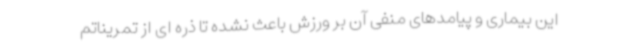
این بیماری و پیامدهای منفی آن بر ورزش باعث نشده تا ذره ای از تمریناتم